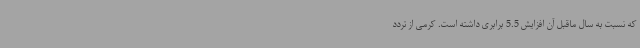
که نسبت به سال ماقبل آن افزایش 5.5 برابری داشته است. کرمی از تردد